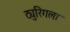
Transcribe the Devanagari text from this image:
ट्युरिंगला